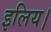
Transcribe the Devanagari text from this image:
इलिय।